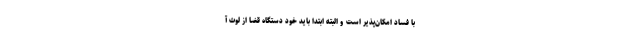
با فساد امکان‌پذیر است و البته ابتدا باید خود دستگاه قضا از لوث آ